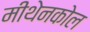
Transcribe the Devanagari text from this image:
मीथेनकोल